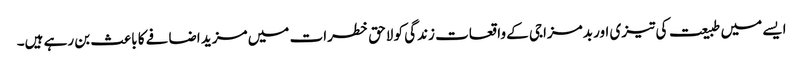
ایسے میں طبیعت کی تیزی اور بدمزاجی کے واقعات زندگی کو لاحق خطرات میں مزید اضافے کا باعث بن رہے ہیں۔